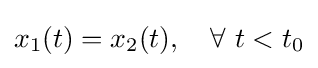
x_{1}(t)=x_{2}(t),\quad \forall \ t<t_{0}